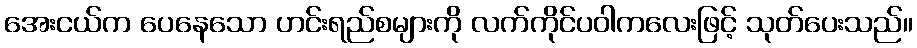
အေးငယ်က ပေနေသော ဟင်းရည်စများကို လက်ကိုင်ပဝါကလေးဖြင့် သုတ်ပေးသည်။